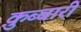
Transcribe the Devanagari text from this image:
क़ुब्बारी